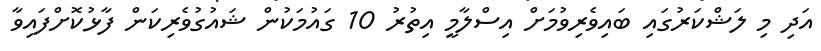
އަދި މި ލަޝްކަރުގައި ބައިވެރިވުމަށް އިސްލާމީ އިތުރު 10 ގައުމަކުން ޝައުގުވެރިކަން ފާޅުކޮށްފައިވާ